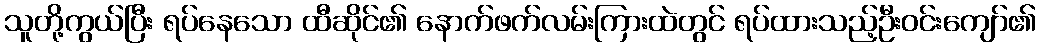
သူတို့ကွယ်ပြီး ရပ်နေသော ထီဆိုင်၏ နောက်ဖက်လမ်းကြားထဲတွင် ရပ်ထားသည့်ဦးဝင်းကျော်၏